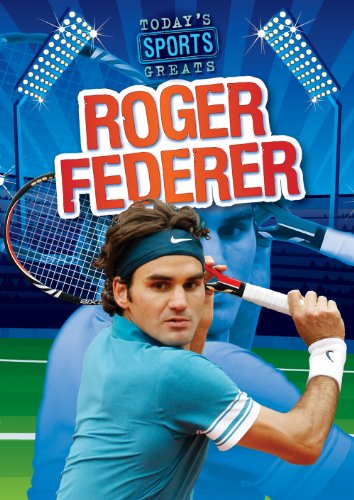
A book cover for Roger Federer (Today's Sports Greats); Jason Glaser; Children's Books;